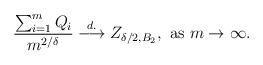
LaTeX: \begin{align*}\frac{\sum_{i=1}^m Q_i }{m^{2/\delta}} \stackrel{d.}{\longrightarrow} Z_{\delta/2, B_2}, \mbox{ as $m \rightarrow \infty$.}\end{align*}